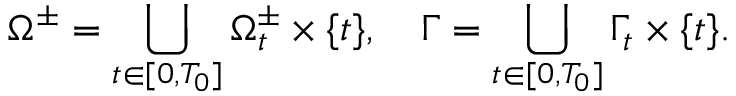
\Omega ^ { \pm } = \bigcup _ { t \in [ 0 , T _ { 0 } ] } \Omega _ { t } ^ { \pm } \times \{ t \} , \quad \Gamma = \bigcup _ { t \in [ 0 , T _ { 0 } ] } \Gamma _ { t } \times \{ t \} .